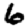
Digit: 6